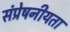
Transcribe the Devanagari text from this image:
संप्रेषनीयता